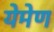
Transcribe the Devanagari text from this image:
येमेण